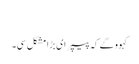
‏
کہوو گے کہ پیپر ای بڑا مشکل سی۔